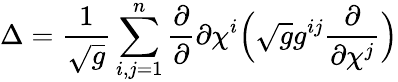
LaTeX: \Delta=\frac{1}{\sqrt g}\sum_{i,j=1}^{n}\frac{\partial}{\partial}{\partial\chi^{i}}\Big(\sqrt gg^{ij}\frac{\partial}{\partial\chi^{j}}\Big)